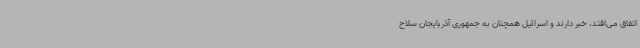
اتفاق می‌افتد، خبر دارند و اسرائیل همچنان به جمهوری آذربایجان سلاح